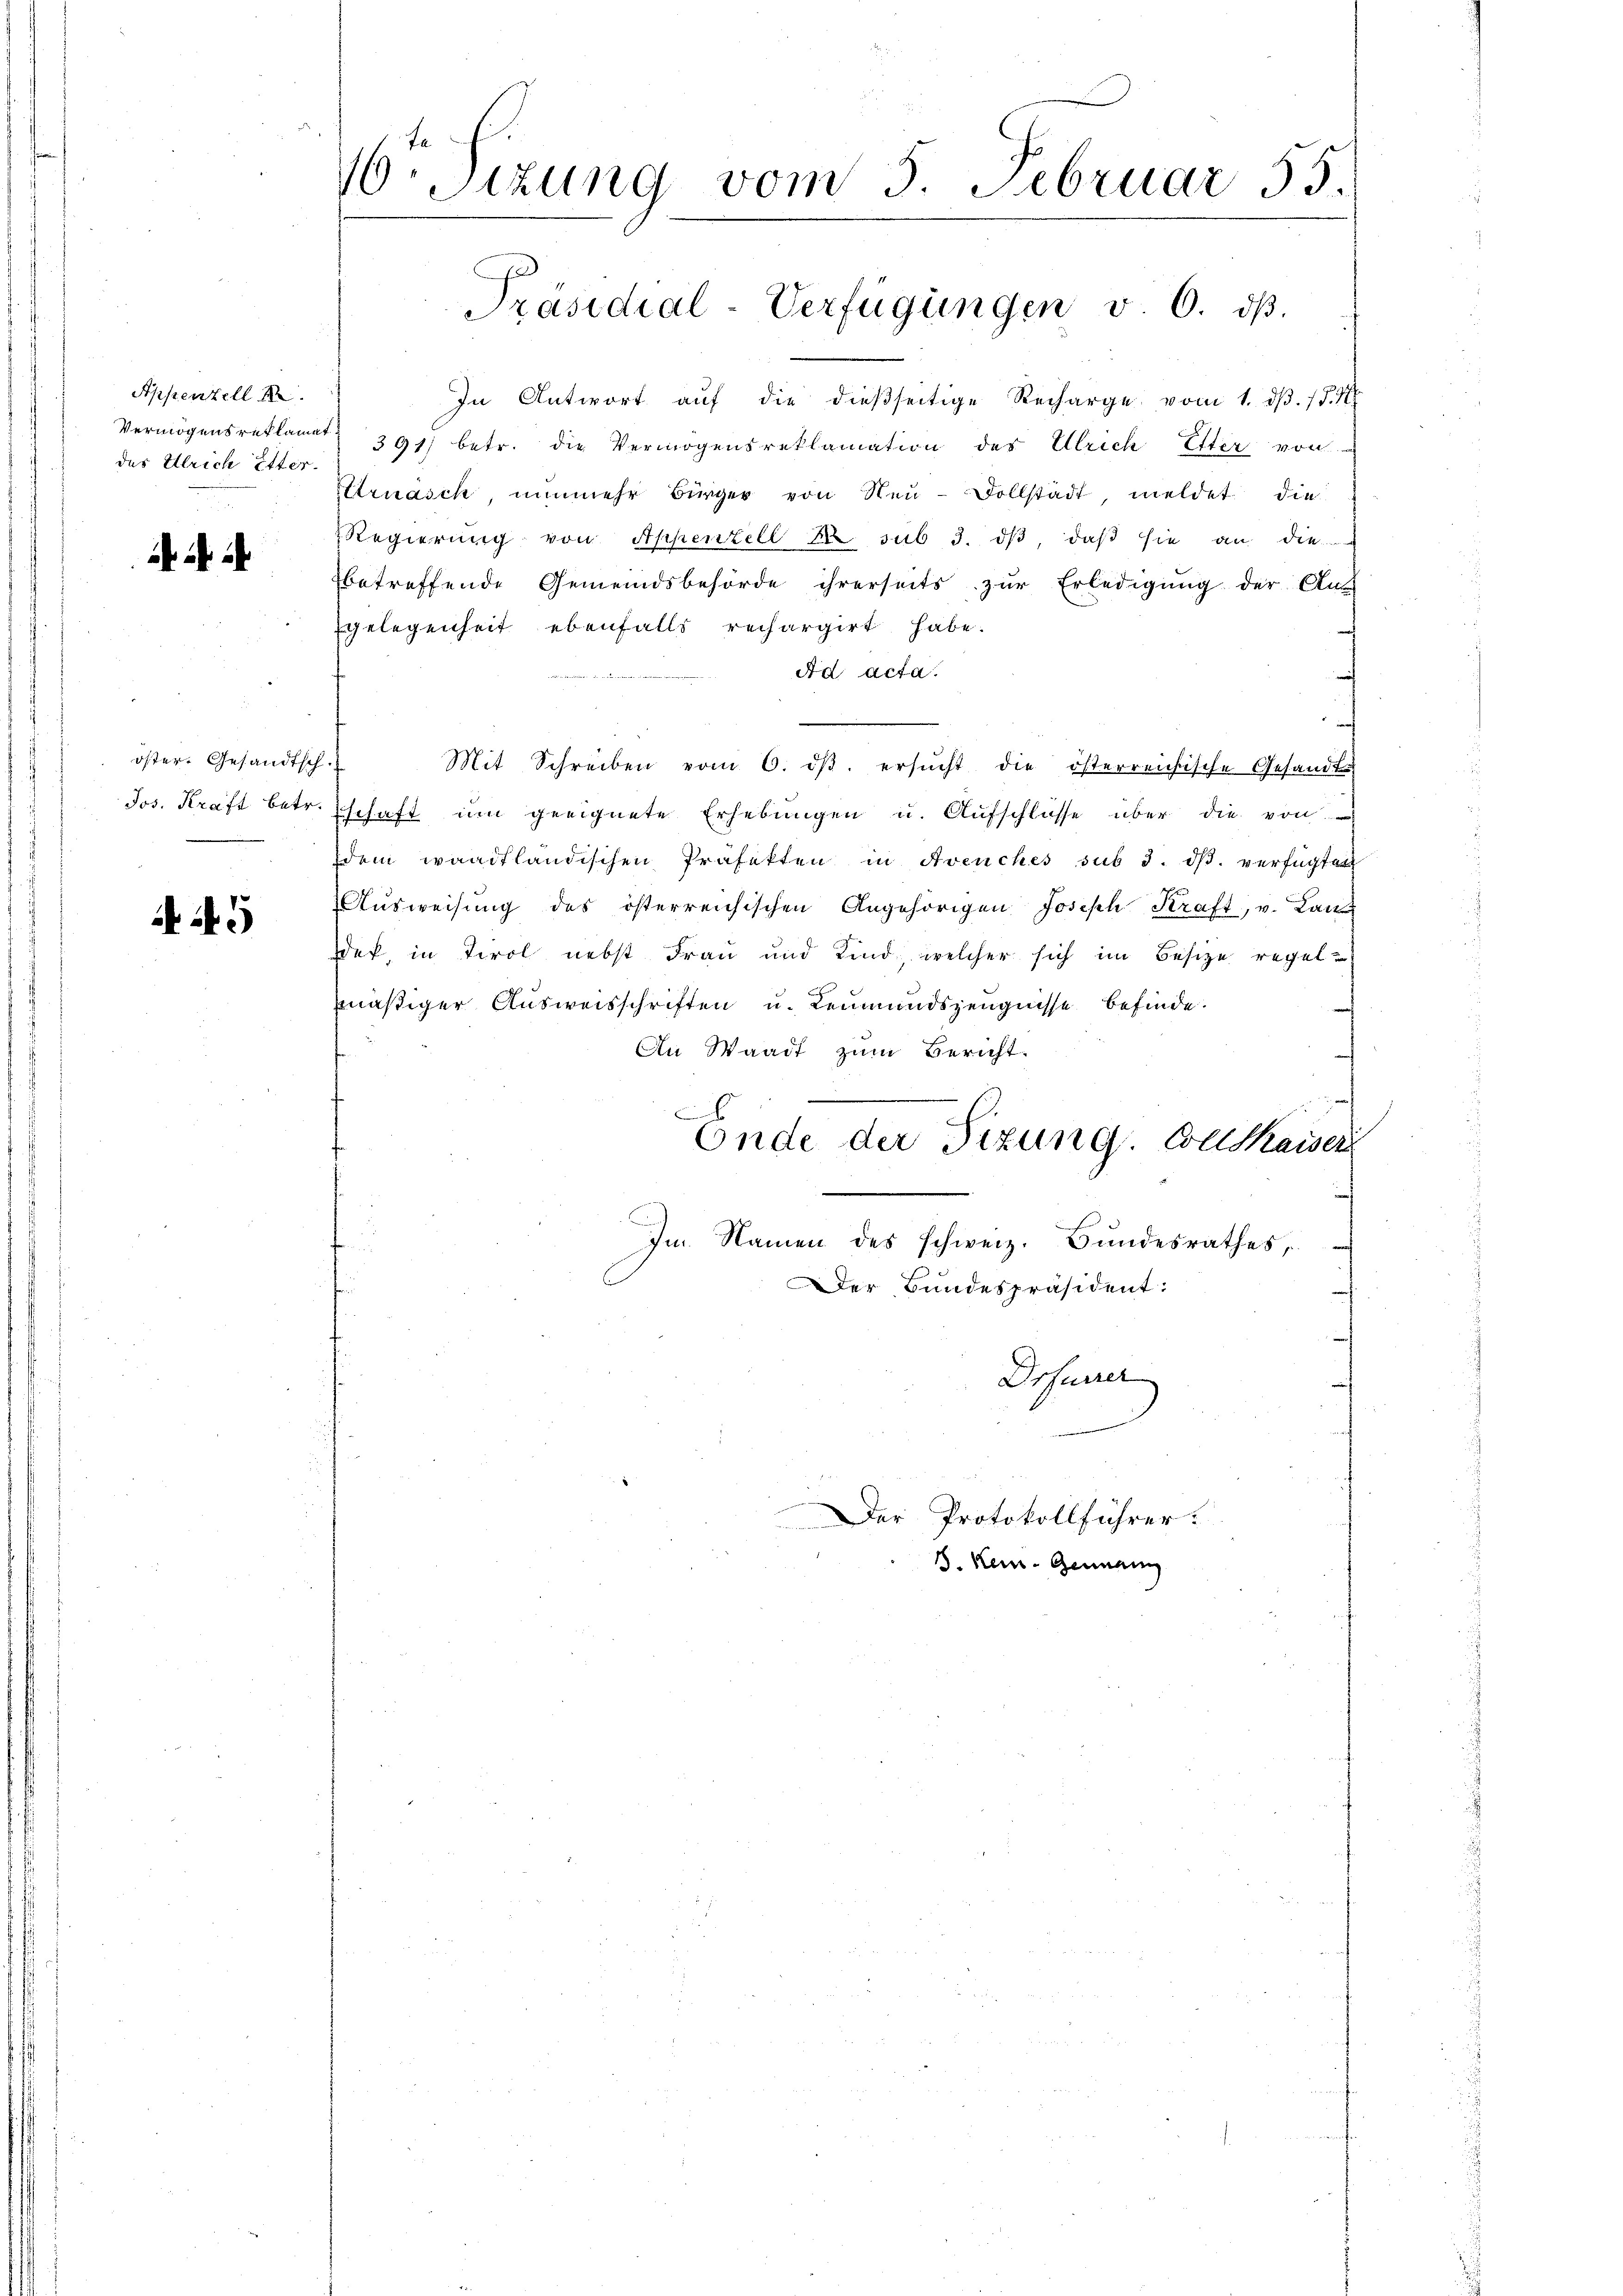
Appenzell
Vermögens reklamat
des Ulrich Etter.

it ih

öster Gesandtsch
Jos. Kraft betr.

5

16. Sizung vom 5. Februar 55.

Präsidial-Verfügungen v. 6. dβ.

In Antwort auf die dießseitige Recharge vom 1. dβ. 15. 4
391) betr. die Vermögensreklamation des Ulrich Ester von
Uruasch, nunmehr Bürger von Neu-Dollstädt, meldet die
Regierŭng von Appenzell A. sub 3. dβ, daβ sie an die
betreffende Gemeindsbehörde ihrerseits zŭr Erledigŭng der Ans
gelegenheit ebenfalls rechargirt habe.
Ad acta.
Mit Schreiben vom 6. dβ. ersŭcht die österreichische Gesandts
schaft im geeignete Erhebŭngen u. Aŭfschlüsse über die von
dem waadtländischen Präfekten in Avenches sub 3. dβ. verfügten
Aŭsweisung des österreichischen Angehörigen Joseph Kraft, v. Lan
det, in Tirol nebst Frau und Kind, welcher sich im Besize regel-
mäßiger Ausweisschriften u. Leumundszeugnisse befinde.
An Waadt zum Bericht.
A
Ende der Sizung. Collkaiser
Im Namen des schweiz. Bundesrathes,
Der Bundespräsident:
Drfurrer
Der Protokollführer.
d. Kein. Gemein